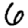
Digit: 6